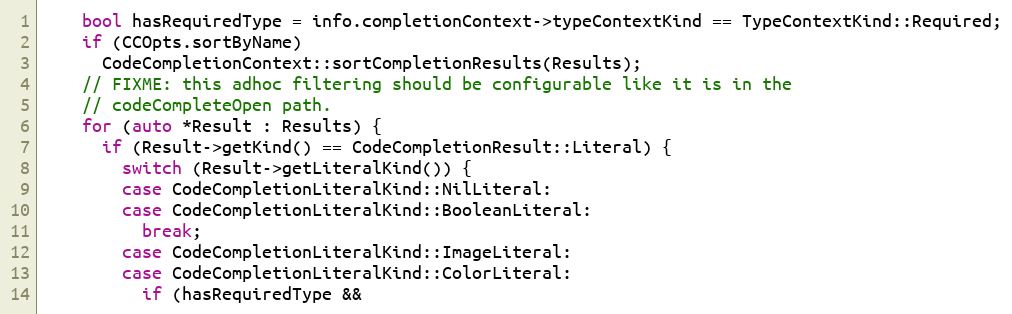
Language: C++
    bool hasRequiredType = info.completionContext->typeContextKind == TypeContextKind::Required;
    if (CCOpts.sortByName)
      CodeCompletionContext::sortCompletionResults(Results);
    // FIXME: this adhoc filtering should be configurable like it is in the
    // codeCompleteOpen path.
    for (auto *Result : Results) {
      if (Result->getKind() == CodeCompletionResult::Literal) {
        switch (Result->getLiteralKind()) {
        case CodeCompletionLiteralKind::NilLiteral:
        case CodeCompletionLiteralKind::BooleanLiteral:
          break;
        case CodeCompletionLiteralKind::ImageLiteral:
        case CodeCompletionLiteralKind::ColorLiteral:
          if (hasRequiredType &&